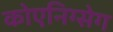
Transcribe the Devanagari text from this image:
कोएनिग्सेग